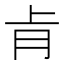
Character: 𮌈